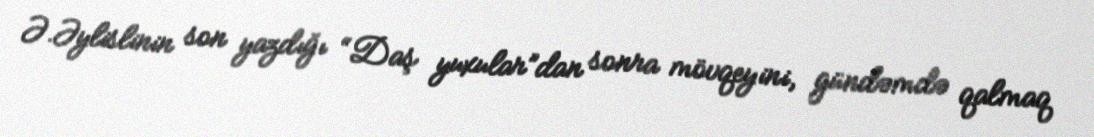
Ə.Əylislinin son yazdığı “Daş yuxular”dan sonra mövqeyini, gündəmdə qalmaq